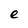
Character: e